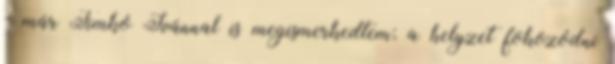
- már Timkó Ivánnal is megis­merkedtem; a helyzet fokozódni